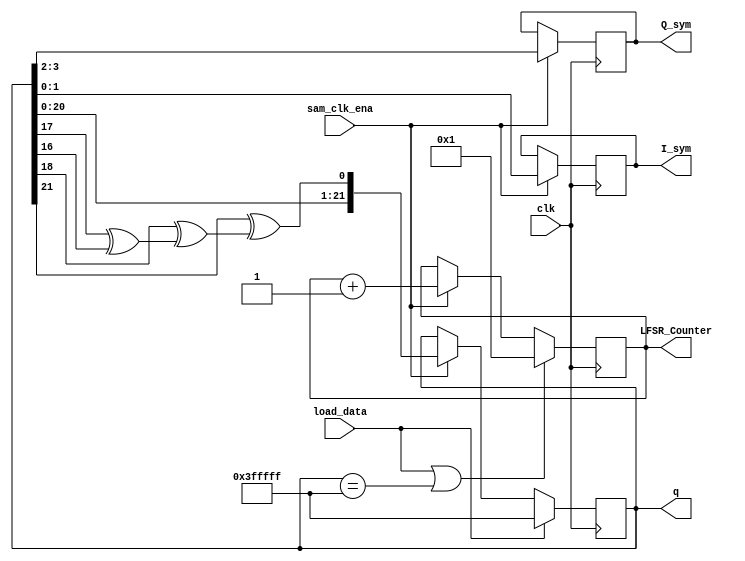
module LFSR(
	input wire clk,
	input wire sam_clk_ena,
	input wire load_data,
	output reg [21:0] q,
	output reg [1:0] I_sym, Q_sym,
	output reg [21:0] LFSR_Counter

);
wire [21:0] data;
reg d0;
//(* noprune *) reg [21:0] counter;

	
assign data = 22'h3fffff;

// shift register
always @ (posedge clk)
	if(load_data)
		q <= data;
	
	else if (sam_clk_ena)
		q <= {q[20:0], d0};
	else
		q <= q;

// feedback network
always @ *
	d0 = q[21]^((q[18]^(q[17]^q[16]))); //q[21]^q[20]; maximum value when qx = q4
	
// counter
always @ (posedge clk)

	if (load_data || q == data)
		LFSR_Counter <= 22'd1;
	
	else if(sam_clk_ena)
		LFSR_Counter <= LFSR_Counter + 22'd1;
	else
		LFSR_Counter <= LFSR_Counter;

always @ (posedge clk)
	if(sam_clk_ena)
		I_sym <= q[1:0];
	else
		I_sym <= I_sym;

always @ (posedge clk)
	if(sam_clk_ena)
		Q_sym <= q[3:2];
	else
		Q_sym <= Q_sym;




	






endmodule